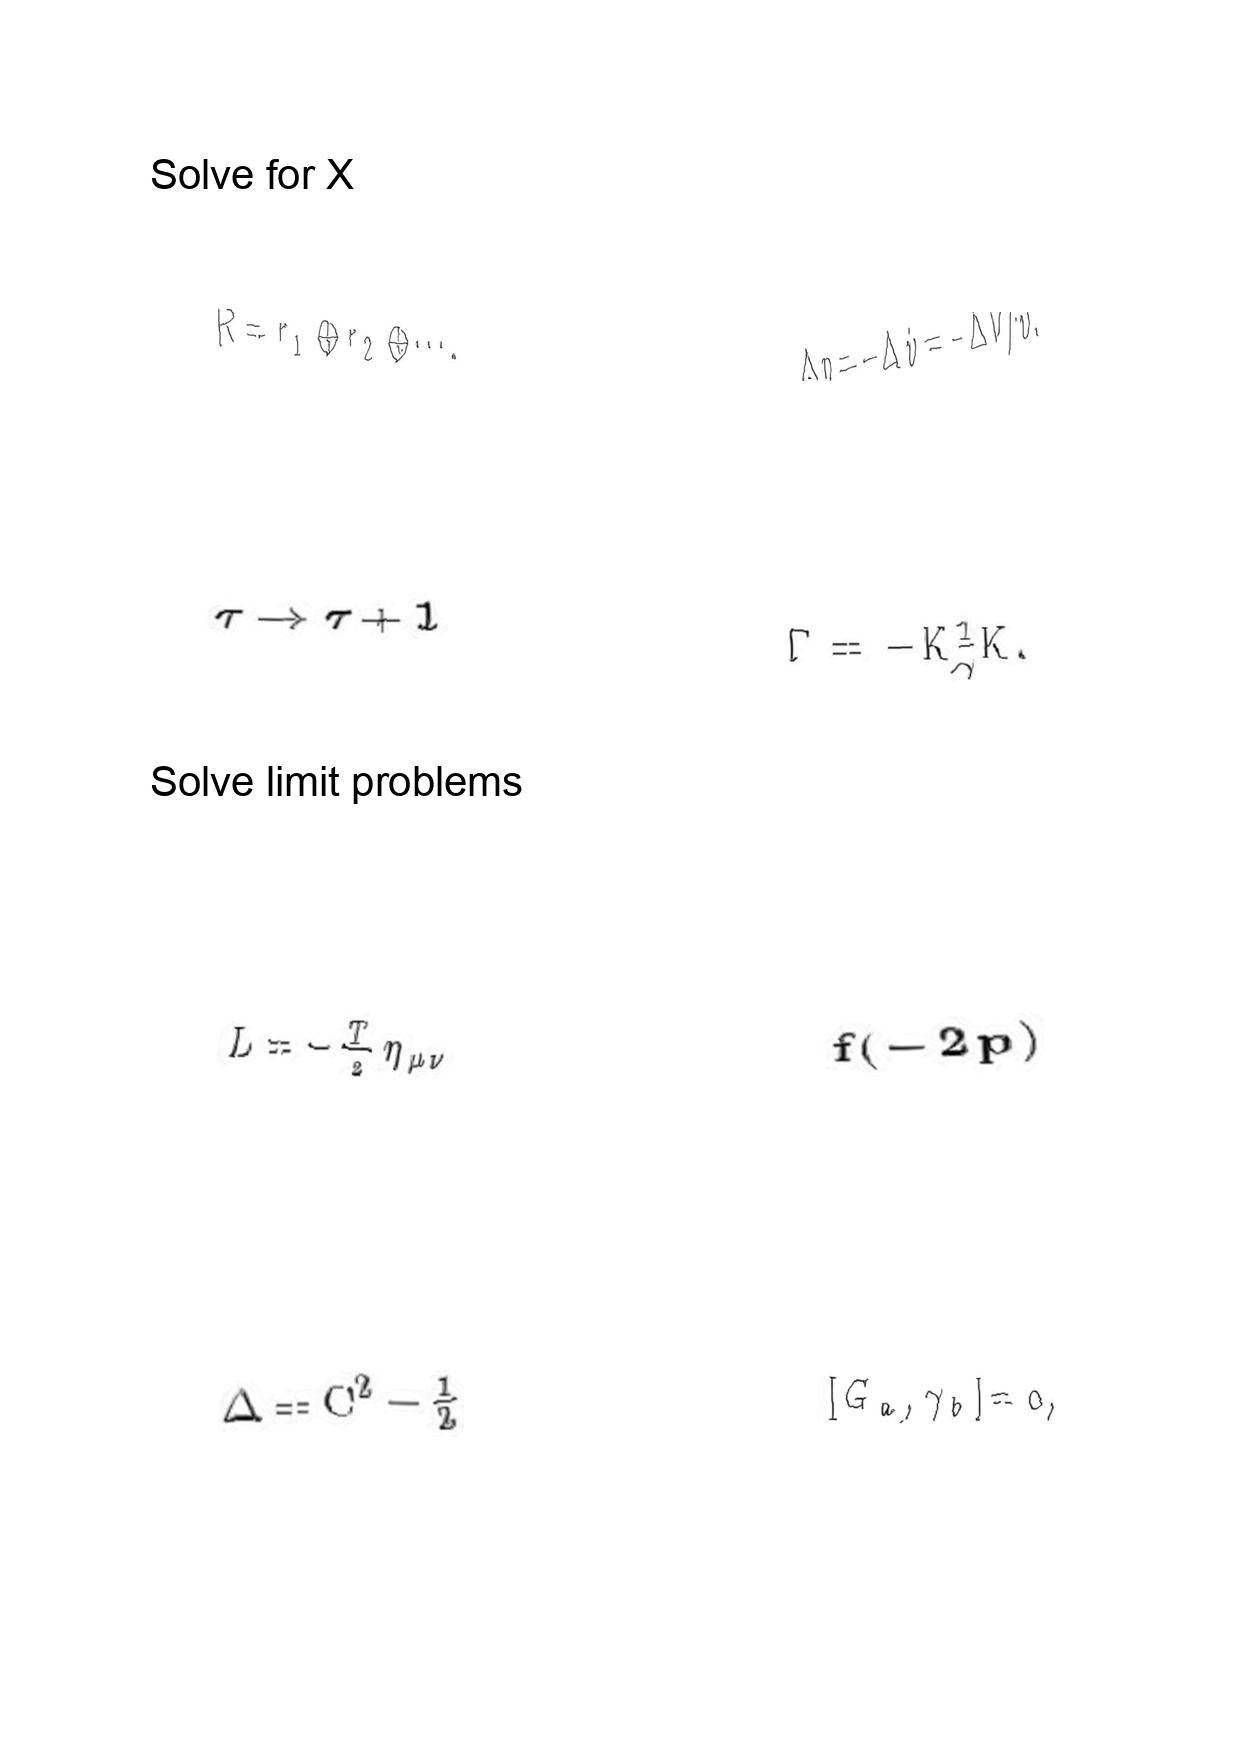
LaTeX transcription:
R = r _ { 1 } \oplus r _ { 2 } \oplus \@cdots ,
\tau \rightarrow \tau + 1
L = - \frac { T } { 2 } \eta _ { \mu \nu }
\Delta = C ^ { 2 } - \frac { 1 } { 2 }
\Delta p = - \Delta \dot { v } = - \Delta V / v .
\Gamma = - K \frac { 1 } { \gamma } K .
f \lparen - 2 p \rparen
\lbrack G _ { a } , \gamma _ { b } \rbrack = 0 ,